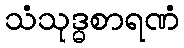
သံသုဒ္ဓစာရဏံ